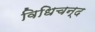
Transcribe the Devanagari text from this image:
विधिचन्द